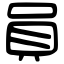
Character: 員